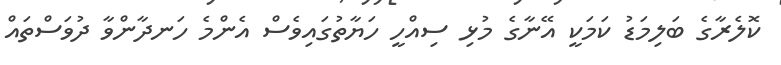
ކޮލެރާގެ ބަލިމަޑު ކަމަކީ އޭނާގެ މުޅި ސިއްހީ ހަޔާތުގައިވެސް އެންމެ ހަނދާންވާ ދުވަސްތައް